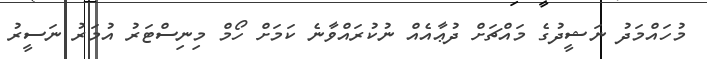
މުހައްމަދު ނަޝީދުގެ މައްޗަށް ދުޢާއެއް ނުކުރައްވާނެ ކަމަށް ހޯމް މިނިސްޓަރު އުމަރު ނަސީރު